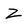
Character: Z